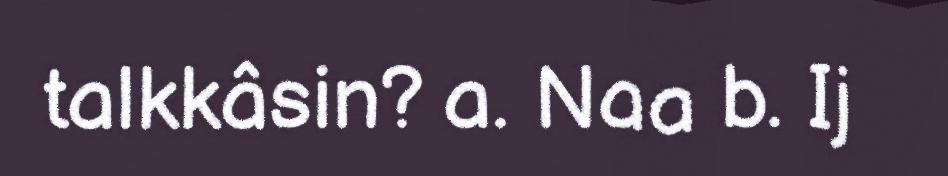
talkkâsin? a. Naa b. Ij